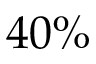
4 0 \%